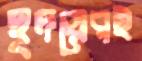
হূদয়েরই